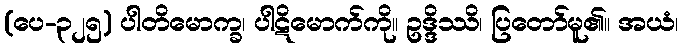
(ပေ-၃၂၅) ပါတိမောက္ခ၊ ပါဋိမောက်ကို။ ဥဒ္ဒိဿိ၊ ပြတော်မူ၏။ အယံ၊